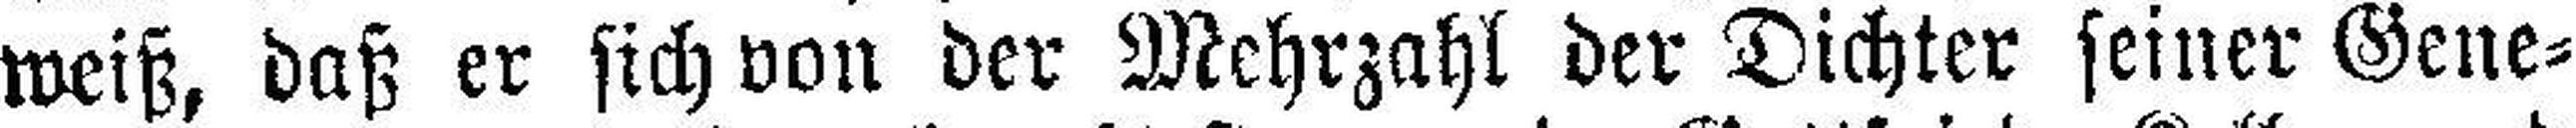
weiß, daß er sich von der Mehrzahl der Dichter seiner Gene¬